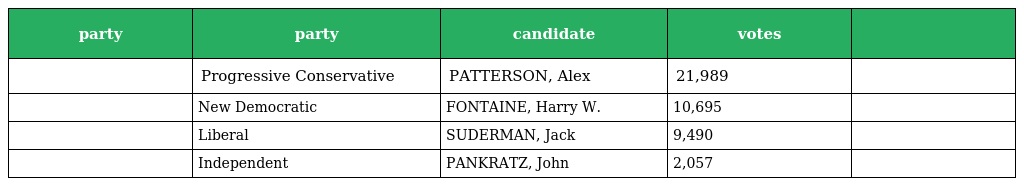
| party | party | candidate | votes |  |
 | --- | --- | --- | --- | --- |
 |  | Progressive Conservative | PATTERSON, Alex | 21,989 |  |
 |  | New Democratic | FONTAINE, Harry W. | 10,695 |  |
 |  | Liberal | SUDERMAN, Jack | 9,490 |  |
 |  | Independent | PANKRATZ, John | 2,057 |  |